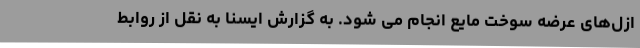
ازل‌های عرضه سوخت مایع انجام می شود. به گزارش ایسنا به نقل از روابط